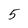
Character: 5